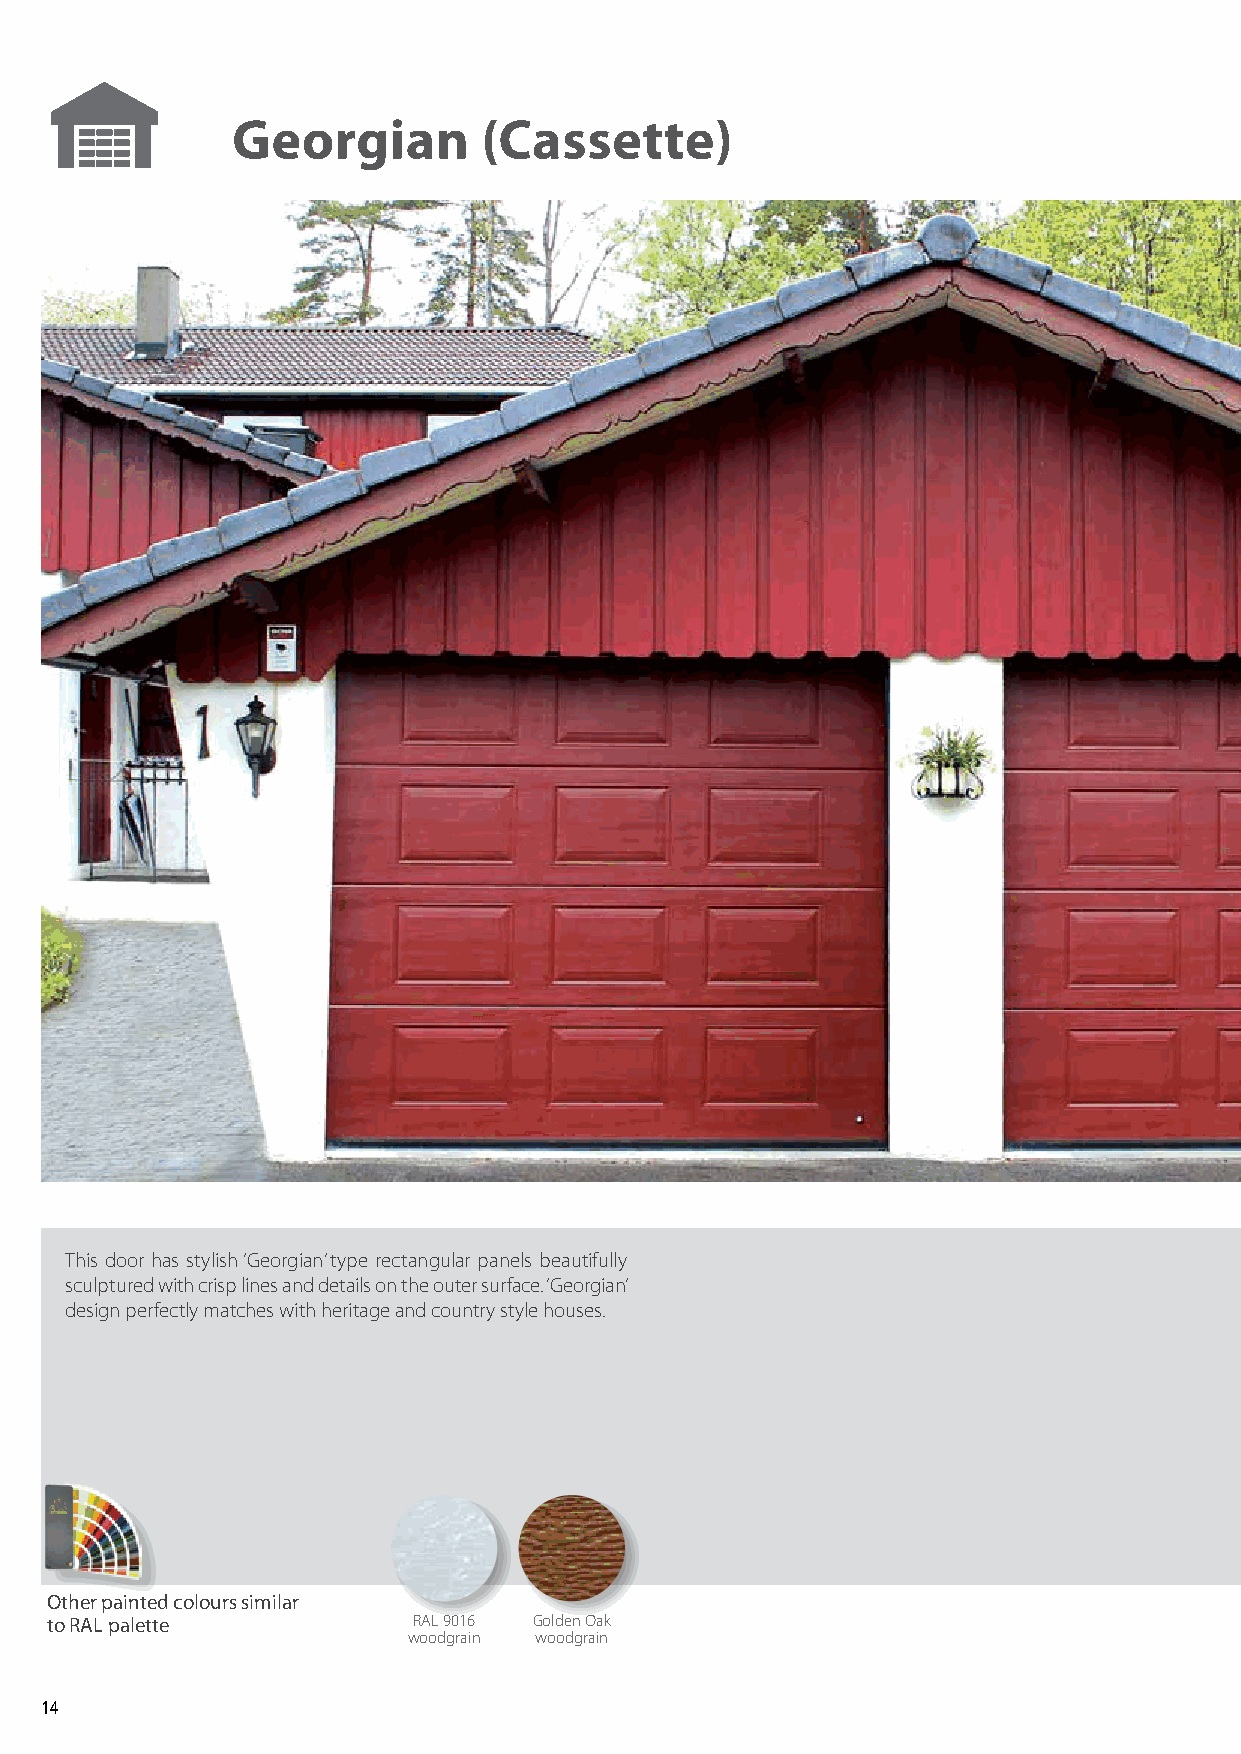
Georgian         (Cassette)
 This door has stylish ‘Georgian’ type rectangular panels beautifully
 sculptured with crisp lines and details on the outer surface. ‘Georgian’
 design perfectly matches with heritage and country style houses.
 Other painted colours similar
 to RAL palette          RAL 9016 Golden Oak
 woodgrain woodgrain
 14